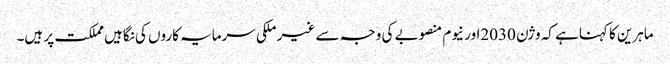
ماہرین کا کہناہے کہ وژن 2030اور نیوم منصوبے کی وجہ سے غیر ملکی سرمایہ کاروں کی نگاہیں مملکت پر ہیں۔